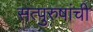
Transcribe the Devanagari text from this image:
सत्‍पुरुषांची